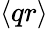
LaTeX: \langle qr\rangle